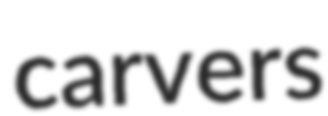
carvers